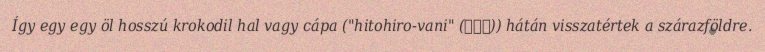
Így egy egy öl hosszú krokodil hal vagy cápa ("hitohiro-vani" (一尋鰐)) hátán visszatértek a szárazföldre.